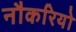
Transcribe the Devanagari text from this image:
नौकरियो